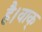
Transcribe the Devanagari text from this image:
है।वाक्